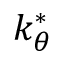
k _ { \theta } ^ { * }